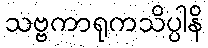
သဗ္ဗကာရုကသိပ္ပါနိ